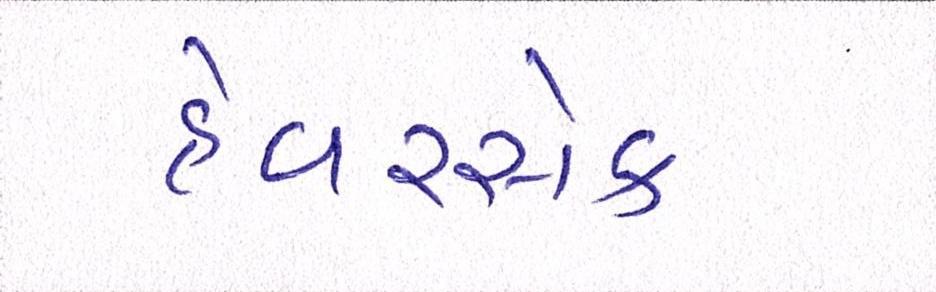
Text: હેવરસેક